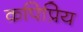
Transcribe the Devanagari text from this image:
कपिप्रिय